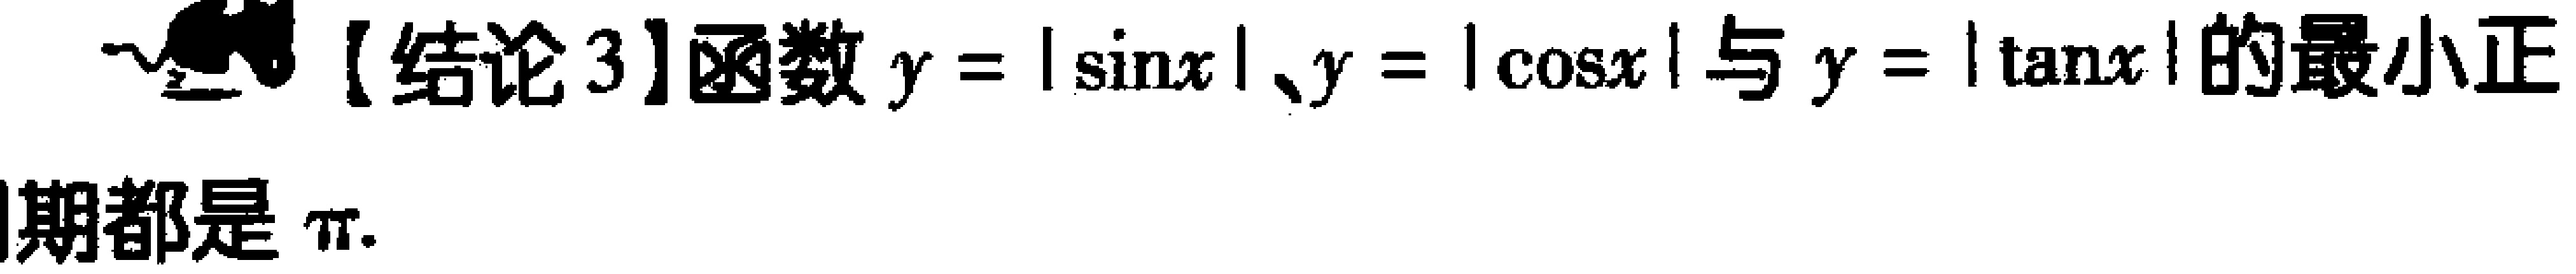
【结论3】函数\(y = |\sin x|\)、\(y = |\cos x|\)与\(y = |\tan x|\)的最小正周期都是\(\pi\).